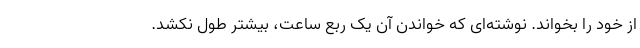
از خود را بخواند. نوشته‌ای که خواندن آن یک ربع ساعت، بیشتر طول نکشد.